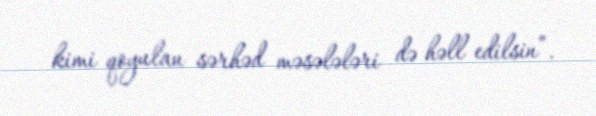
kimi qoyulan sərhəd məsələləri də həll edilsin”.